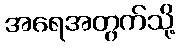
အရေအတွက်သို့